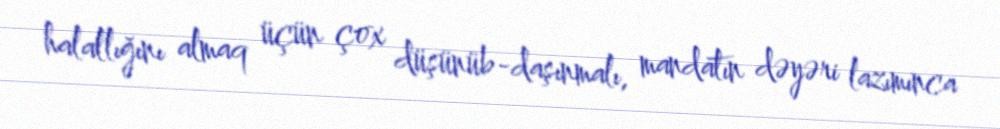
halallığını almaq üçün çox düşünüb-daşınmalı, mandatın dəyəri lazımınca